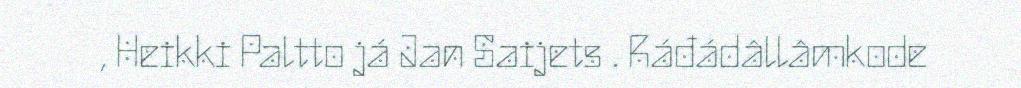
, Heikki Paltto já Jan Saijets . Ráđádâllâmkode